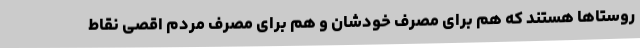
روستاها هستند که هم برای مصرف خودشان و هم برای مصرف مردم اقصی نقاط